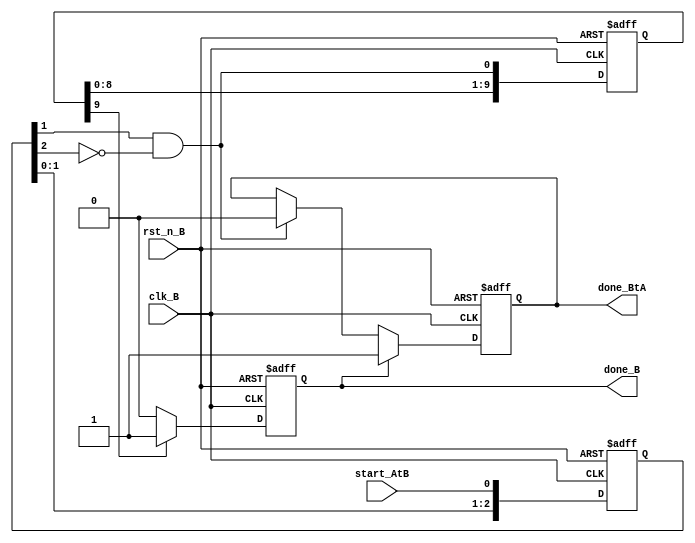
//                            ALL RIGHTS RESERVED
//
//  This software and the associated documentation are confidential and
//  proprietary to XXXXX.  Your use or disclosure of this
//  software is subject to the terms and conditions of a written
//  license agreement between you, or your company, and XXXXX.
//
// The entire notice above must be reproduced on all authorized copies.
//
// Component Name   : asyn_inter_B.v
// Component Version:
// Release Type     :
//--------------------------------------------------------------------------
//  Function:Complete the handshake across clock domains(clk B)
//  
//  application:
//  interaction between different clock domains
//  cycle delay: 
//--------------------------------------------------------------------------
//      Revision and Modification History:
//
//  Revision- Date       - Author     - Description
//  V0.0    - 2023-07-31 - xxxxxxxx   - First relase
//
//--------------------------------------------------------------------------
module asyn_inter_B  #(
parameter NUM_SYNC_B   = 2                     ,
parameter NUM_DELAY_B  = 2                     ,
parameter SUM_B        = NUM_SYNC_B+NUM_DELAY_B,
parameter START_B_D    = 10
)(
input  clk_B       ,
input  rst_n_B     ,
input  start_AtB   ,//from,clk A,level
output reg done_BtA,
output reg done_B
);
reg    [SUM_B-1:0]    sync_start_B;
wire                  start_B     ;
reg    [START_B_D-1:0]start_B_d   ;

//receive start_AtB,become sync_start_B,get sync_start_B
always @(posedge clk_B  or negedge rst_n_B) begin
  if(~rst_n_B) begin//reset
    sync_start_B <= {SUM_B{1'b0}};
  end
  else begin  
    sync_start_B <= {sync_start_B[SUM_B-2:0],start_AtB};
  end
end
assign start_B = (sync_start_B[NUM_DELAY_B-1])&(~sync_start_B[NUM_DELAY_B]);

//the cycles of the B module calculation
always @(posedge clk_B  or negedge rst_n_B) begin
  if(~rst_n_B) begin//reset
    start_B_d <= {START_B_D{1'b0}};
  end
  else begin  
    start_B_d <= {start_B_d[START_B_D-2:0],start_B};
  end
end

//the calculation process of module B
always @(posedge clk_B  or negedge rst_n_B) begin
  if(~rst_n_B) begin//reset
    done_B <= 1'b0;
  end
  else if(start_B_d[START_B_D-1]) begin   
    done_B <= 1'b1;
  end
  else begin
    done_B <=1'b0;
  end
end

////B's done signal send to A , pulse->level to ensure it's long enough and can be
//sampled by clock A
always @(posedge clk_B  or negedge rst_n_B) begin
  if(~rst_n_B) begin//reset 
    done_BtA <= 1'b0;
  end
  else if(done_B) begin   
    done_BtA <= 1'b1;
  end
  else if(start_B)begin
    done_BtA <= 1'b0;
  end
end
endmodule